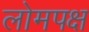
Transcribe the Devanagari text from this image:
लोमपक्ष